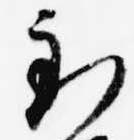
到